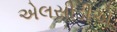
એલસીડીએ